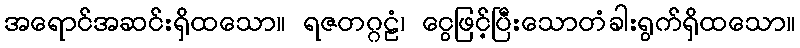
အရောင်အဆင်းရှိထသော။ ရဇတဂ္ဂဠံ၊ ငွေဖြင့်ပြီးသောတံခါးရွက်ရှိထသော။